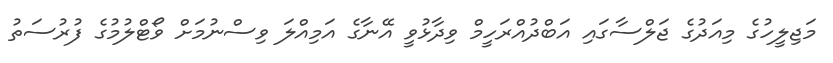
މަޖިލީހުގެ މިއަދުގެ ޖަލްސާގައި އަބްދުއްރަހީމް ވިދާޅުވީ އޭނާގެ އަމިއްލަ ވިސްނުމަށް ވޯޓްލުމުގެ ފުރުސަތު